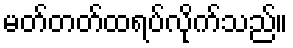
မတ်တတ်ထရပ်လိုက်သည်။